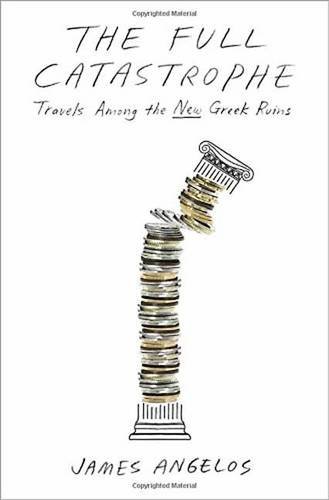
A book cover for The Full Catastrophe: Travels Among the New Greek Ruins; James Angelos; Travel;